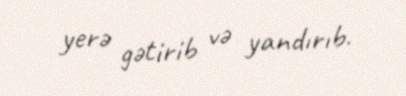
yerə gətirib və yandırıb.